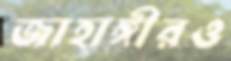
জাহাঙ্গীরও